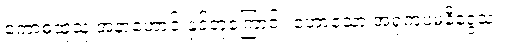
ကောဓထူသူ အနာဟောင်းနှင့်တူကြောင်း ဟောသော အရုကူပမနိဒ္ဒေသ။